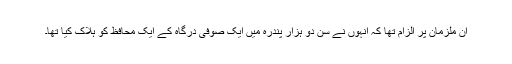
ان ملزمان پر الزام تھا کہ انہوں نے سن دو ہزار پندرہ میں ایک صوفی درگاہ کے ایک محافظ کو ہلاک کیا تھا۔